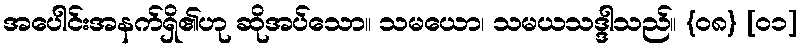
အပေါင်းအနက်ရှိ၏ဟု ဆိုအပ်သော။ သမယော၊ သမယသဒ္ဒါသည်။ {၀၈} [၀၁]